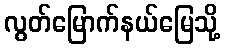
လွတ်မြောက်နယ်မြေသို့